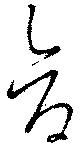
倉